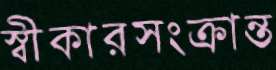
স্বীকারসংক্রান্ত